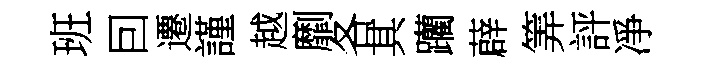
班囙遷謹越劘各其躪薜筭評凈